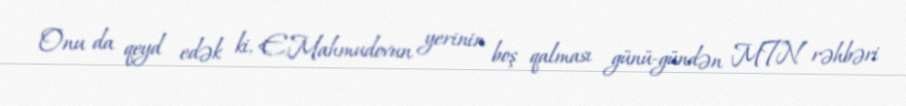
Onu da qeyd edək ki, E.Mahmudovun yerinin boş qalması günü-gündən MTN rəhbəri